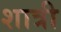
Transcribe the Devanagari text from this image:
शात्री